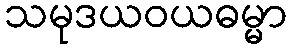
သမုဒယဝယဓမ္မာ